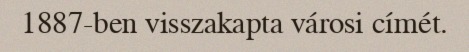
1887-ben visszakapta városi címét.